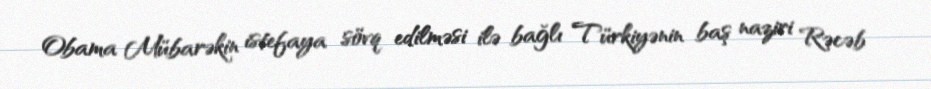
Obama Mübarəkin istefaya sövq edilməsi ilə bağlı Türkiyənin baş naziri Rəcəb